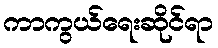
ကာကွယ်ရေးဆိုင်ရာ